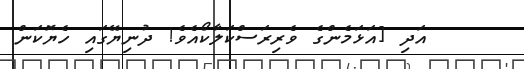
އަދި [އަޅަމެންގެ ވެރިރަސްކަލާކޯއެވެ! ދުނިޔޭގައި ހެޔޮކަން